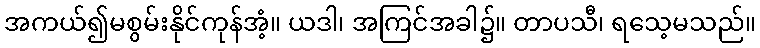
အကယ်၍မစွမ်းနိုင်ကုန်အံ့။ ယဒါ၊ အကြင်အခါ၌။ တာပသီ၊ ရသေ့မသည်။